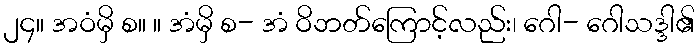
၂၄။ အဝံမှိ စ။ ။ အံမှိ စ- အံ ဝိဘတ်ကြောင့်လည်း၊ ဂေါ- ဂေါသဒ္ဒါ၏